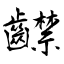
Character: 齽